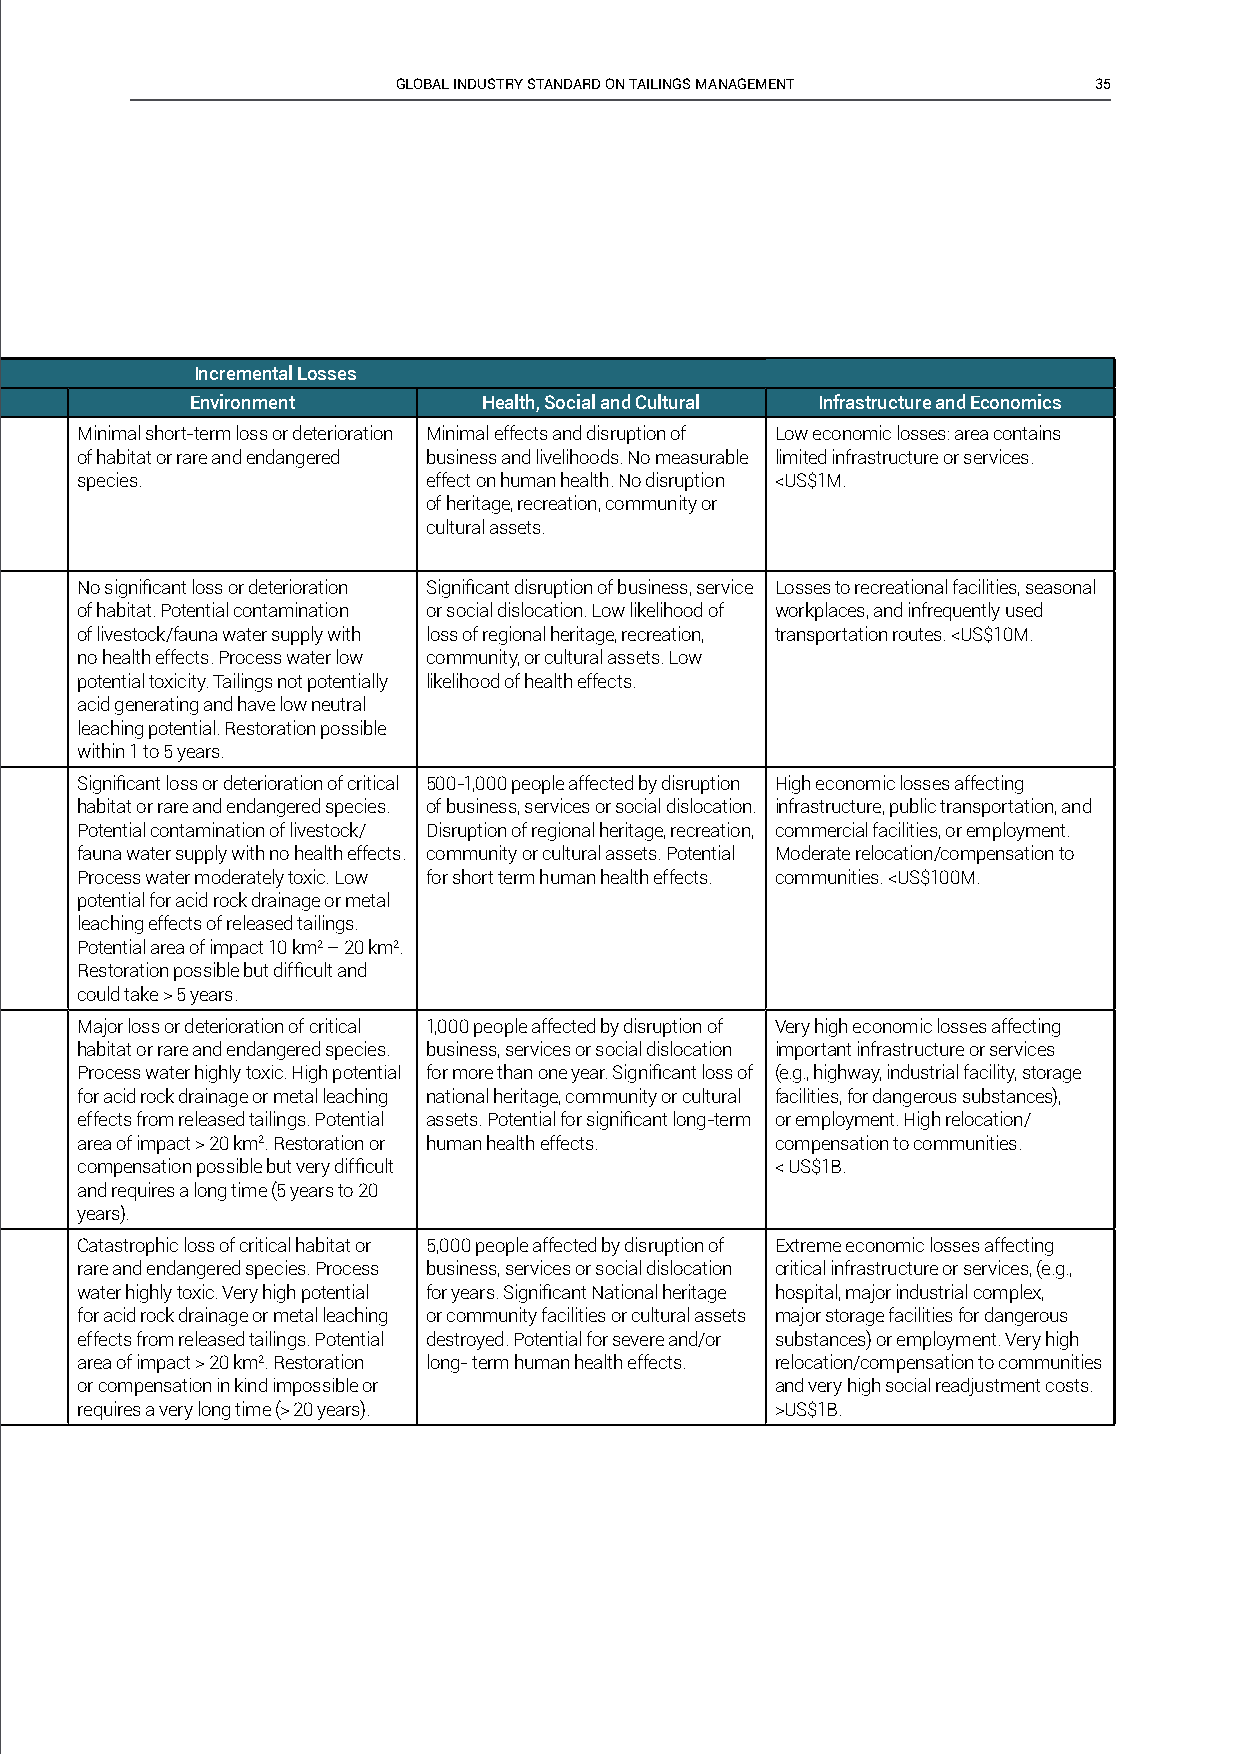
GLOBAL INDUSTRY STANDARD ON TAILINGS MANAGEMENT 35
 Dam Failure Consequence Incremental Losses
 Classifi cation Potential Population at Risk Potential Loss of Life Environment Health, Social and Cultural Infrastructure and Economics
 Minimal short-term loss or deterioration Minimal effects and disruption of Low economic losses: area contains
 of habitat or rare and endangered business and livelihoods. No measurable limited infrastructure or services.
 species.               effect on human health. No disruption <US$1M.
 of heritage, recreation, community or
 cultural assets.
 No signifi cant loss or deterioration Signifi cant disruption of business, service Losses to recreational facilities, seasonal
 of habitat. Potential contamination or social dislocation. Low likelihood of workplaces, and infrequently used
 of livestock/fauna water supply with loss of regional heritage, recreation, transportation routes. <US$10M.
 no health effects. Process water low community, or cultural assets. Low
 potential toxicity. Tailings not potentially likelihood of health effects.
 acid generating and have low neutral
 leaching potential. Restoration possible
 within 1 to 5 years.
 Signifi cant loss or deterioration of critical 500-1,000 people affected by disruption High economic losses affecting
 habitat or rare and endangered species. of business, services or social dislocation. infrastructure, public transportation, and
 Potential contamination of livestock/ Disruption of regional heritage, recreation, commercial facilities, or employment.
 fauna water supply with no health effects. community or cultural assets. Potential Moderate relocation/compensation to
 Process water moderately toxic. Low for short term human health effects. communities. <US$100M.
 potential for acid rock drainage or metal
 leaching effects of released tailings.
 Potential area of impact 10 km2 – 20 km2.
 Restoration possible but diffi cult and
 could take > 5 years.
 Major loss or deterioration of critical 1,000 people affected by disruption of Very high economic losses affecting
 habitat or rare and endangered species. business, services or social dislocation important infrastructure or services
 Process water highly toxic. High potential for more than one year. Signifi cant loss of (e.g., highway, industrial facility, storage
 for acid rock drainage or metal leaching national heritage, community or cultural facilities, for dangerous substances),
 effects from released tailings. Potential assets. Potential for signifi cant long-term or employment. High relocation/
 area of impact > 20 km2. Restoration or human health effects. compensation to communities.
 compensation possible but very diffi cult     < US$1B.
 and requires a long time (5 years to 20
 years).
 Catastrophic loss of critical habitat or 5,000 people affected by disruption of Extreme economic losses affecting
 rare and endangered species. Process business, services or social dislocation critical infrastructure or services, (e.g.,
 water highly toxic. Very high potential for years. Signifi cant National heritage hospital, major industrial complex,
 for acid rock drainage or metal leaching or community facilities or cultural assets major storage facilities for dangerous
 effects from released tailings. Potential destroyed. Potential for severe and/or substances) or employment. Very high
 area of impact > 20 km2. Restoration long- term human health effects. relocation/compensation to communities
 or compensation in kind impossible or         and very high social readjustment costs.
 requires a very long time (> 20 years).       >US$1B.